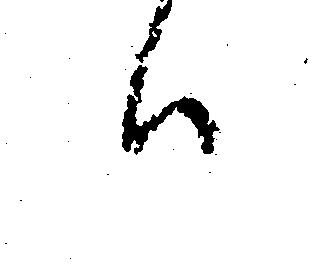
ハ